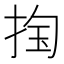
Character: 𰓴